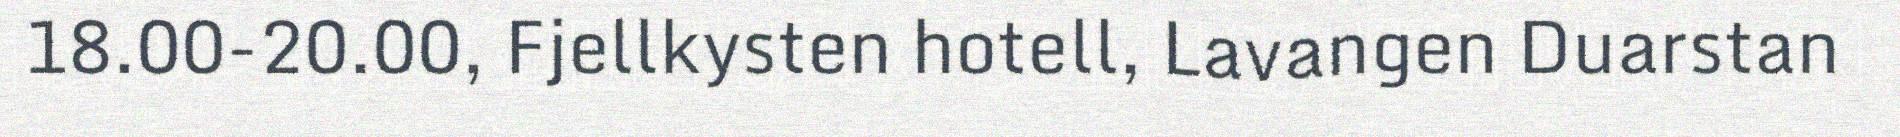
18.00-20.00, Fjellkysten hotell, Lavangen Duarstan